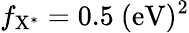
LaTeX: f_{\mathrm{{X^{*}}}}=0.5~\mathrm{{(eV)^{2}}}